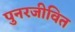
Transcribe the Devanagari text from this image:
पुनरजीवित